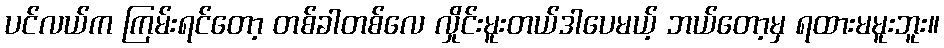
ပင်လယ်က ကြမ်းရင်တော့ တစ်ခါတစ်လေ လှိုင်းမူးတယ်ဒါပေမယ့် ဘယ်တော့မှ ရထားမမူးဘူး။